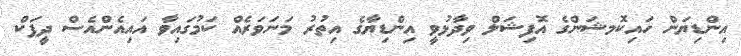
އިންޑިޔަަން ހައިކޮމޝަންގެ އޮފިޝަލް ވިދާޅުވީ އިންޑިޔާގެ އިތުރު މަނަވަރެއް ކަމުގައިވާ އައިއެންއެސް ދީޕަކް